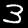
Label: 3